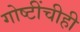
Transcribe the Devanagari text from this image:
गोष्टींचीही